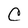
Character: C